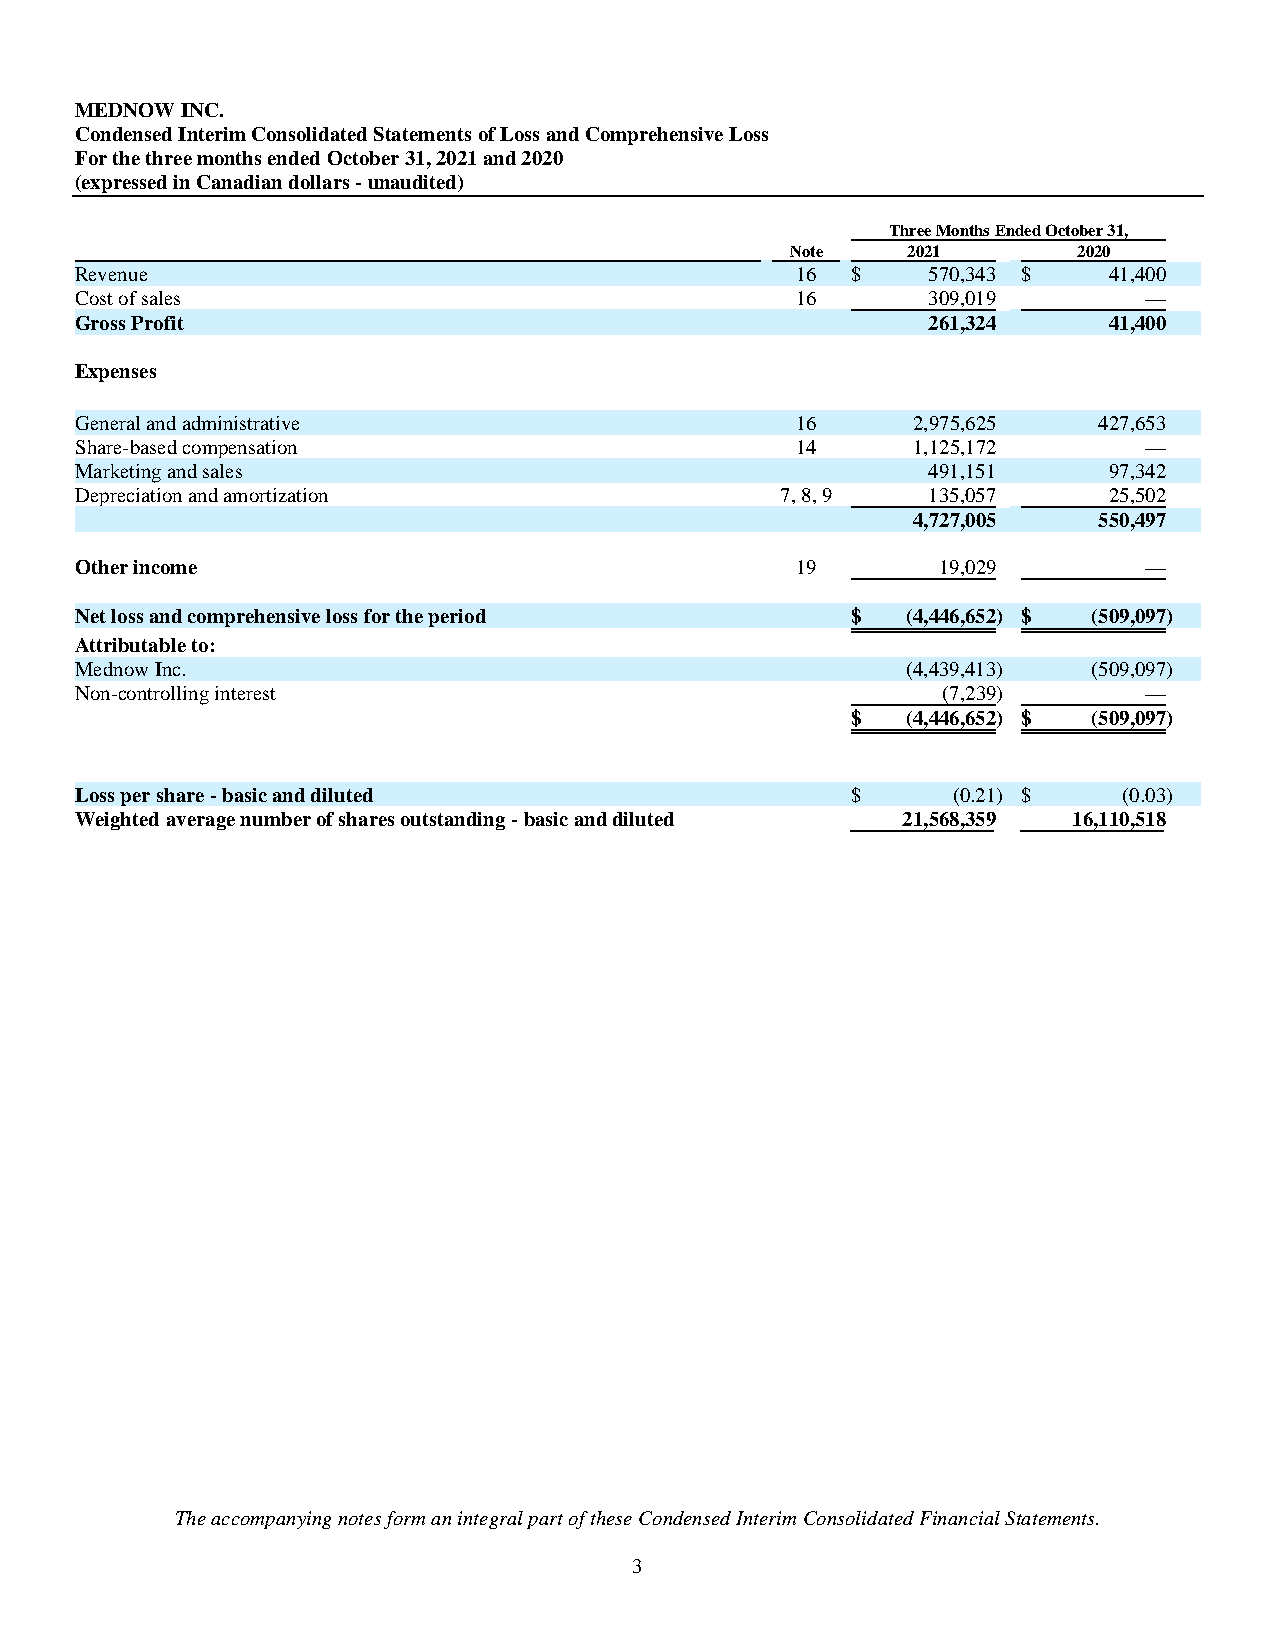
MEDNOW INC.
 Condensed Interim Consolidated Statements of Loss and Comprehensive Loss
 For the three months ended October 31, 2021 and 2020
 (expressed in Canadian dollars - unaudited)
 Three Months Ended October 31,
 Note    2021       2020
 Revenue                                         16 $    570,343 $   41,400
 Cost of sales                                   16      309,019        —
 Gross Profit                                            261,324     41,400
 Expenses
 General and administrative                      16     2,975,625    427,653
 Share-based compensation                        14     1,125,172       —
 Marketing and sales                                     491,151     97,342
 Depreciation and amortization                  7, 8, 9  135,057     25,502
 4,727,005    550,497
 Other income                                    19       19,029        —
 Net loss and comprehensive loss for the period     $   (4,446,652 ) $ (509,097 )
 Attributable to:
 Mednow Inc.                                            (4,439,413 ) (509,097 )
 Non-controlling interest                                 (7,239 )      —
 $   (4,446,652 ) $ (509,097 )
 Loss per share - basic and diluted                 $      (0.21 ) $  (0.03 )
 Weighted average number of shares outstanding - basic and diluted 21,568,359 16,110,518
 The accompanying notes form an integral part of these Condensed Interim Consolidated Financial Statements.
 3